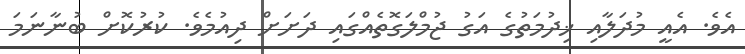
އެވެ. އެއީ މުދަލާއި ޚިދުމަތުގެ އަގު ޖުމްލަގޮތެއްގައި ދަށަށް ދިއުމެވެ. ކުރުކޮށް ބުނާނަމަ